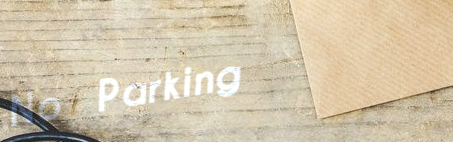
No Parking